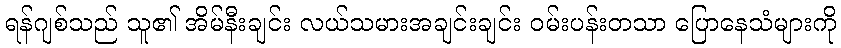
ရန်ဂျစ်သည် သူ၏ အိမ်နီးချင်း လယ်သမားအချင်းချင်း ဝမ်းပန်းတသာ ပြောနေသံများကို